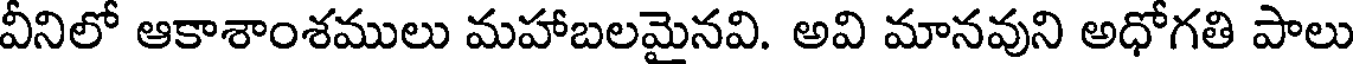
వీనిలో ఆకాశాంశములు మహాబలమైనవి. అవి మానవుని అధోగతి పాలు